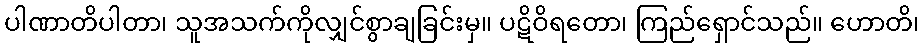
ပါဏာတိပါတာ၊ သူအသက်ကိုလျှင်စွာချခြင်းမှ။ ပဋိဝိရတော၊ ကြည်ရှောင်သည်။ ဟောတိ၊